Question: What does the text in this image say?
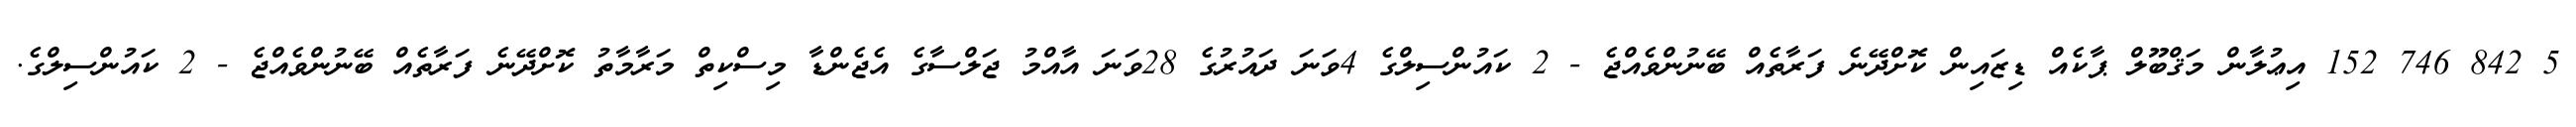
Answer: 5 842 746 152 އިޢުލާން މަޤްބޫލް ޕާކެއް ޑިޒައިން ކޮށްދޭނެ ފަރާތެއް ބޭނުންވެއްޖެ - 2 ކައުންސިލްގެ 4ވަނަ ދައުރުގެ 28ވަނަ އާއްމު ޖަލްސާގެ އެޖެންޑާ މިސްކިތް މަރާމާތު ކޮށްދޭނެ ފަރާތެއް ބޭނުންވެއްޖެ - 2 ކައުންސިލްގެ.